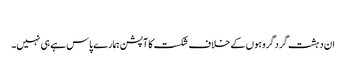
​
ان دہشت گردگروہوں کے خلاف شکست کا آپشن ہمارے پاس ہے ہی نہیں۔